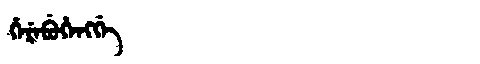
Manchu: ᡥᡝᡵᡝᠪᡠᡥᡝᠩᡤᡝ
Romanization: HEREBUHENGGE